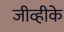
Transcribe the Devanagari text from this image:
जीव्हीके